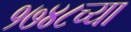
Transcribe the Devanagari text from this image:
१७४८च्या